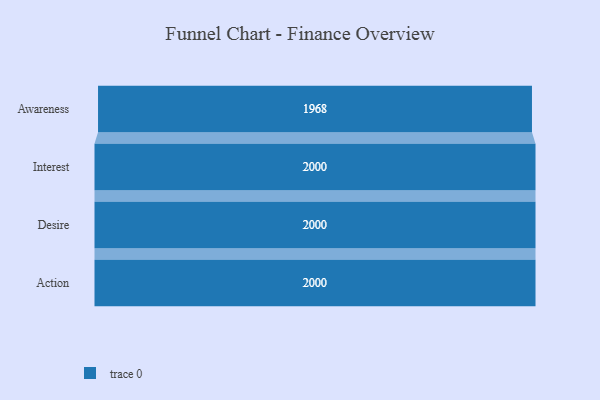
{"axis": {"x": "Stage", "y": "Value"}, "legend": [""], "data": [{"x": "Awareness", "y": 1968.0, "type": ""}, {"x": "Interest", "y": 2000, "type": ""}, {"x": "Desire", "y": 2000, "type": ""}, {"x": "Action", "y": 2000, "type": ""}]}